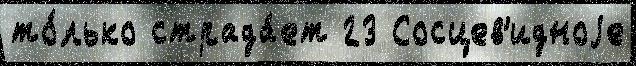
то́лько страда́ет 23 Сосцев'идноjе